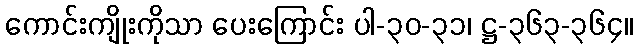
ကောင်းကျိုးကိုသာ ပေးကြောင်း ပါ-၃၀-၃၁၊ ဋ္ဌ-၃၆၃-၃၆၄။